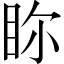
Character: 𥅘